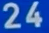
24